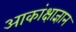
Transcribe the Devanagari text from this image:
आकांक्षाज्ञान